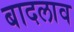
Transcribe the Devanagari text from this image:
बादलाव